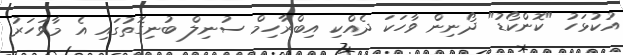
އުކުޅަހު "ކޮންކޯޑު" ދޯނިން ވާހަކަ ދެއްކި އިބްރާހިމް ސުނިލް ބުނިގޮތުގައި އެ މާވަހަރު